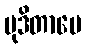
မုဒိတာပေ